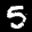
Label: 5